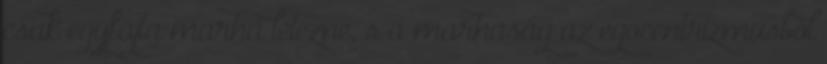
csak egyfajta marha létezne, s a marhaság az egocentrizmusból